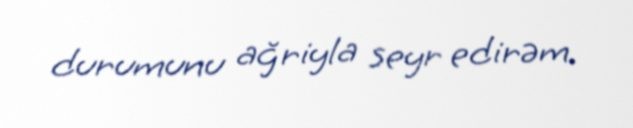
durumunu ağriyla seyr edirəm.